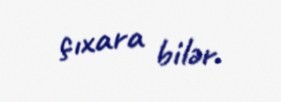
çıxara bilər.